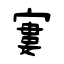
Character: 寠